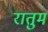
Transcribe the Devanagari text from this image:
रातुम